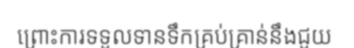
ព្រោះការទទួលទានទឹកគ្រប់គ្រាន់នឹងជួយ